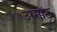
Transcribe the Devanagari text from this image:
अनॉटू